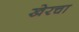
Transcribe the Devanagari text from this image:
खेरचा